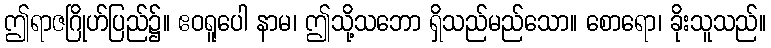
ဤရာဇဂြိုဟ်ပြည်၌။ ဧဝရူပေါ နာမ၊ ဤသို့သဘော ရှိသည်မည်သော။ စောရော၊ ခိုးသူသည်။